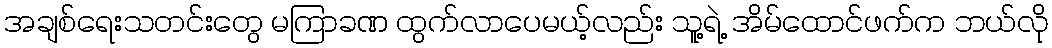
အချစ်ရေးသတင်းတွေ မကြာခဏ ထွက်လာပေမယ့်လည်း သူ့ရဲ့ အိမ်ထောင်ဖက်က ဘယ်လို